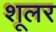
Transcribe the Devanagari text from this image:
शूलर